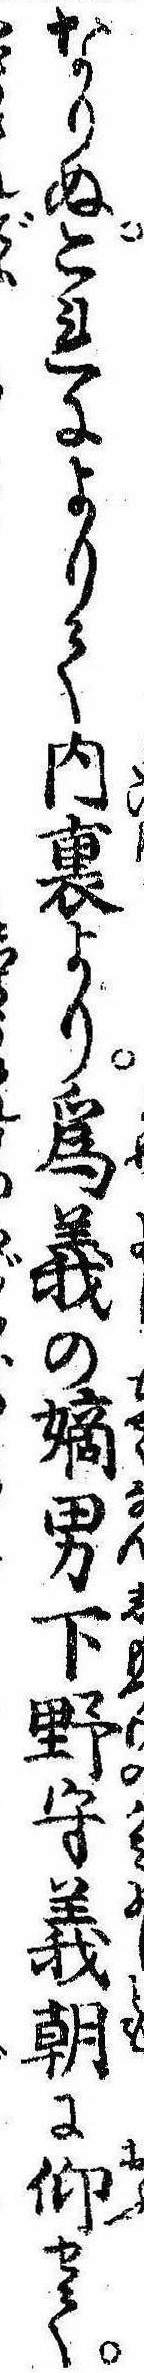
なりぬこれによりて内裏より為義の嫡男下野守義朝に仰せて